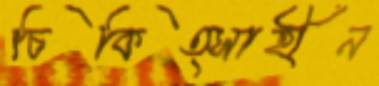
চিকিত্সাহীন